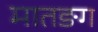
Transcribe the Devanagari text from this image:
मातङग